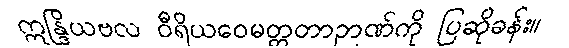
ဣန္ဒြိယဗလ ဝီရိယဝေမတ္တတာဉာဏ်ကို ပြဆိုခန်း။